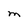
Character: M